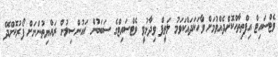
ވެޓްސައިޓް އިފްތިތާހްކޮށްދެއްވުމަށް ވާހަކަދައްކަވަމު ލަތީފް ވިދާޅުވީ ވެޓްސައިޓްގެ ސަބަބުން ކައުންސިލުން ރައްޔިތުންނަށް ފޯރުކޮށްދޭ